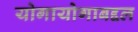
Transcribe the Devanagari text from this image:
योगायोगाबद्दल